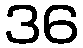
36